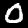
Digit: 0